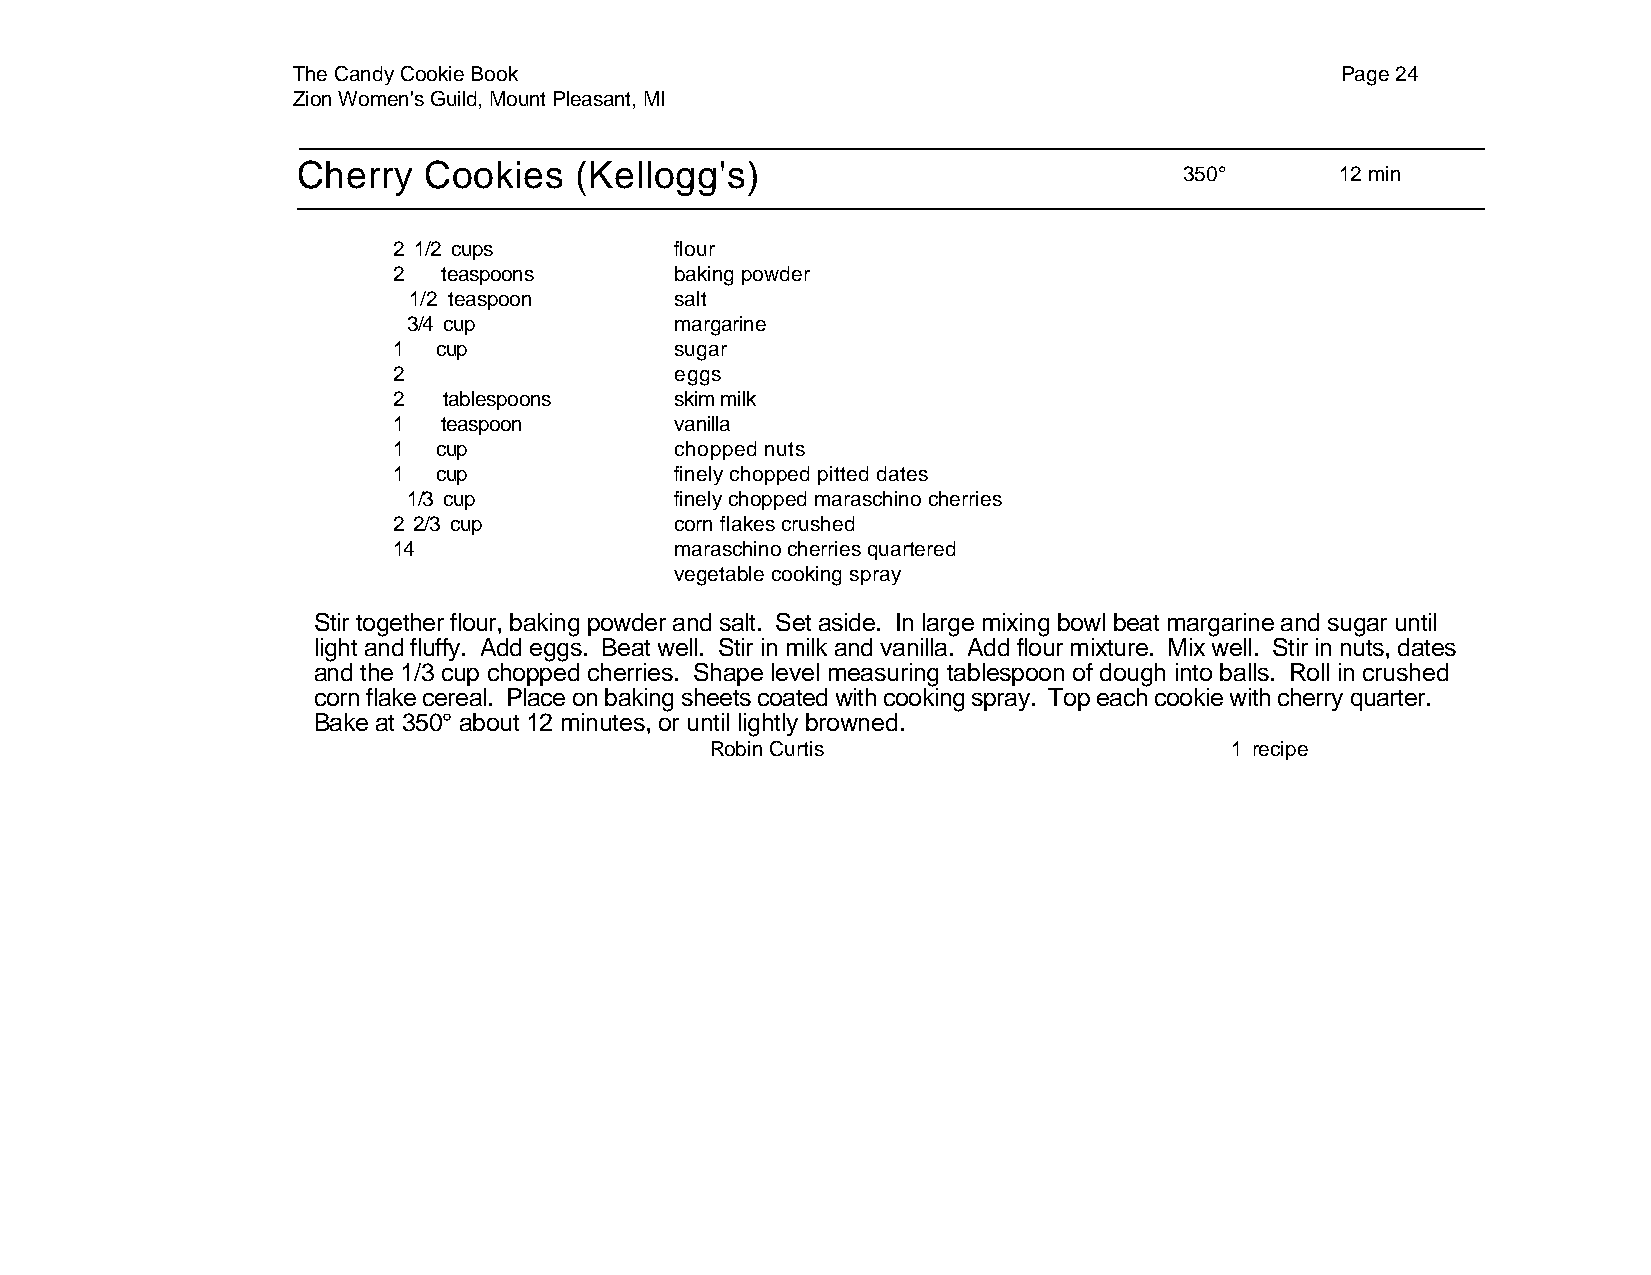
The Candy Cookie Book                                                 Page 24
 Zion Women's Guild, Mount Pleasant, MI
 Cherry  Cookies   (Kellogg's)
 350°       12 min
 2 1/2 cups         flour
 2  teaspoons       baking powder
 1/2 teaspoon      salt
 3/4 cup           margarine
 1  cup             sugar
 2                  eggs
 2  tablespoons     skim milk
 1  teaspoon        vanilla
 1  cup             chopped nuts
 1  cup             finely chopped pitted dates
 1/3 cup           finely chopped maraschino cherries
 2 2/3 cup          corn flakes crushed
 14                 maraschino cherries quartered
 vegetable cooking spray
 Stir together flour, baking powder and salt. Set aside. In large mixing bowl beat margarine and sugar until
 light and fluffy. Add eggs. Beat well. Stir in milk and vanilla. Add flour mixture. Mix well. Stir in nuts, dates
 and the 1/3 cup chopped cherries. Shape level measuring tablespoon of dough into balls. Roll in crushed
 corn flake cereal. Place on baking sheets coated with cooking spray. Top each cookie with cherry quarter.
 Bake at 350° about 12 minutes, or until lightly browned.
 Robin Curtis                      1 recipe